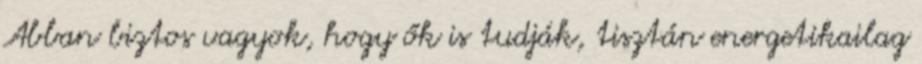
Abban biztos vagyok, hogy ők is tudják, tisztán energetikailag